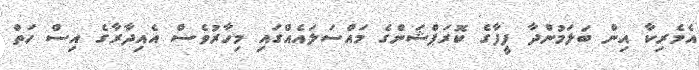
އެމެރިކާ އިން ބަލަމުންދާ ފީފާގެ ކޮރަޕްޝަންގެ މައްސަލައެއްގައި މިހާރުވެސް އެއިދާރާގެ އިސް ހަތް